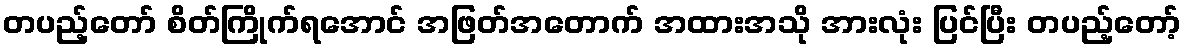
တပည့်တော် စိတ်ကြိုက်ရအောင် အဖြတ်အတောက် အထားအသို အားလုံး ပြင်ပြီး တပည့်တော့်